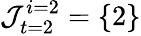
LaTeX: \mathcal{J}_{t=2}^{i=2}=\{ 2\}